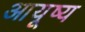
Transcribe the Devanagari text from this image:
आयूष्य